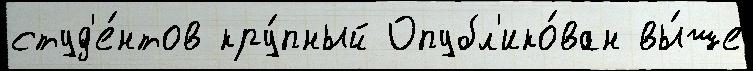
студ'е́нтов кру́пный Опубл'ико́ван вы́ше